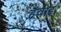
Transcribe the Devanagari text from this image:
हवाइ